Civil Veterinary Department. United Provinces 1932-42 - 1932-1942
Year: 1932
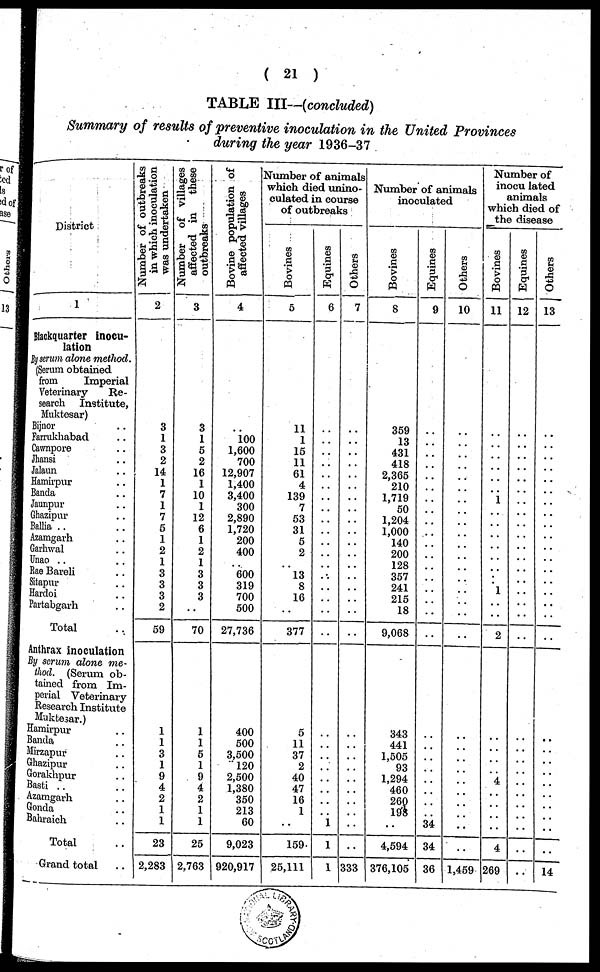
( 21 )
TABLE III—(concluded)
Summary of results of preventive inoculation in the United Provinces
during the year 1936-37
District
1
Blackquarter inocu-
lation
By serum alone method.
(Serum obtained
from
Imperial
Veterinary
Re-
search Institute,
Muktesar)
Bijnor ..
Farrukhabad ..
Cawnpore ..
Jhansi ..
Jalaun ..
Hamirpur ..
Banda ..
Jaunpur ..
Ghazipur ..
Ballia ..
Azamgarh ..
Garhwal ..
Unao .. ..
Rae Bareli ..
Sitapur ..
Hardoi ..
Partabgarh ..
Total ..
Anthrax inoculation
By serum alone me-
thod. (Serum ob-
tained from Im-
perial Veterinary
Research Institute
Muktesar.)
Hamirpur ..
Banda ..
Mirzapur ..
Ghazipur ..
Gorakhpur ..
Basti .. ..
Azamgarh ..
Gonda ..
Bahraich ..
Total ..
Grand total ..
Number of outbreaks
in which inoculation
was undertaken
2
3
1
3
2
14
1
7
1
7
5
1
2
1
3
3
3
2
59
1
1
3
1
9
4
2
1
1
23
2,283
Number of villages
affected in
these
outbreaks
3
3
1
5
2
16
1
10
1
12
6
1
2
1
3
3
3
..
70
1
1
6
1
9
4
2
1
1
25
2,763
Bovine population of
affected villages
4
..
100
1,600
700
12,907
1,400
3,400
300
2,890
1,720
200
400
..
600
319
700
500
27,736
400
500
3,500
120
2,500
1,380
350
213
60
9,023
920,917
Number of animals
which died unino-
culated in course
of outbreaks
Bovines
5
11
1
15
11
61
4
139
7
53
31
5
2
..
13
8
16
..
377
5
11
37
2
40
47
16
1
..
159
25,111
Equines
6
..
..
..
..
..
..
..
..
..
..
..
..
..
..
..
..
..
..
..
..
..
..
..
..
..
.. 1
1
1
Others
7
..
..
..
..
..
..
..
..
..
..
..
..
..
..
..
..
..
..
..
..
..
..
..
..
..
..
..
..
333
Number of animals
inoculated
Bovines
8
359
13
431
418
2,365
210
1,719
50
1,204
1,000
140
200
128
357
241
215
18
9,068
343
441
1,505
93
1,294
460
260 198
..
4,594
376,105
Equines
9
..
..
..
..
..
..
..
..
..
..
..
..
..
..
..
..
..
..
..
..
..
..
..
..
..
.. 34
34
36
Others
10
..
..
..
..
..
..
..
..
..
..
..
..
..
..
..
..
..
..
..
..
..
..
..
..
..
..
..
..
1,459
Number of
inocu lated
animals
which died of
the disease
Bovines
11
..
..
..
..
..
..
1
..
..
..
..
..
..
..
1
..
..
2
..
..
..
..
4
..
..
..
..
4
269
Equines
12
..
..
..
..
..
..
..
..
..
..
..
..
..
..
..
..
..
..
..
..
..
..
..
..
..
..
..
..
..
Others
13
..
..
..
..
..
..
..
..
..
..
..
..
..
..
..
..
..
..
..
..
..
..
..
..
..
..
..
..
14